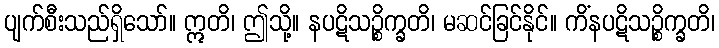
ပျက်စီးသည်ရှိသော်။ ဣတိ၊ ဤသို့။ နပဋိသဉ္စိက္ခတိ၊ မဆင်ခြင်နိုင်။ ကိံနပဋိသဉ္စိက္ခတိ၊